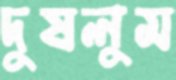
দুষলুম